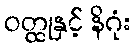
ဝတ္ထုနှင့် နိဂုံး